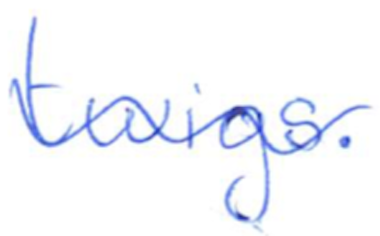
Text: twigs.
Cross-out: wave
Writing tool: ballpoint